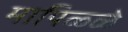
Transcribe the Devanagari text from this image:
मापिळ्ळे